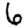
Digit: 6